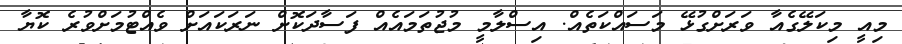
މިއީ މިކަލޭގެއާ ވަރަށްގުޅޭ މަސައްކަތެއް. އިސްލާމީ މުޖުތަމައެއް ފަސާދަކޮށް ނަރަކައަށް ވެއްޓުމަށްވުރެ ކޮޔާ